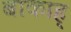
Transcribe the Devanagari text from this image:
बाकाह्